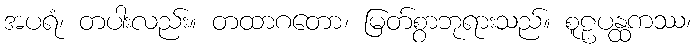
အပရံ၊ တပါးလည်း။ တထာဂတော၊ မြတ်စွာဘုရားသည်။ စူဠပန္ထကဿ၊